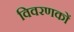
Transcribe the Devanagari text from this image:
विवरणकों